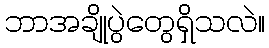
ဘာအချိုပွဲတွေရှိသလဲ။